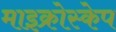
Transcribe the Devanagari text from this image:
माइक्रोस्केप